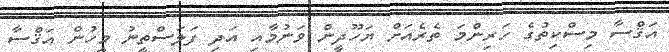
އަޤްސާ މިސްކިތުގެ ހަރިންމަ ތެރެއަށް ޔަހޫދީން ވަނުމާއި އަދި ފަލަސްތީނު މީހުން އަޤްސާ